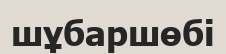
шұбаршөбі